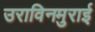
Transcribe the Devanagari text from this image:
उराविनमुराई